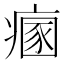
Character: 𤹁